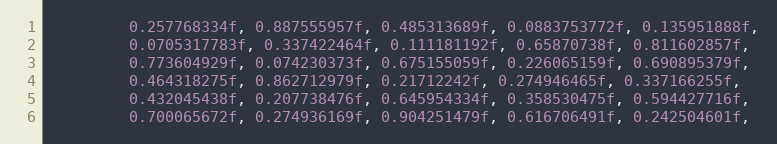
Language: C++
         0.257768334f, 0.887555957f, 0.485313689f, 0.0883753772f, 0.135951888f,
         0.0705317783f, 0.337422464f, 0.111181192f, 0.65870738f, 0.811602857f,
         0.773604929f, 0.074230373f, 0.675155059f, 0.226065159f, 0.690895379f,
         0.464318275f, 0.862712979f, 0.21712242f, 0.274946465f, 0.337166255f,
         0.432045438f, 0.207738476f, 0.645954334f, 0.358530475f, 0.594427716f,
         0.700065672f, 0.274936169f, 0.904251479f, 0.616706491f, 0.242504601f,